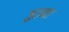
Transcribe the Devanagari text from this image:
जुटना।